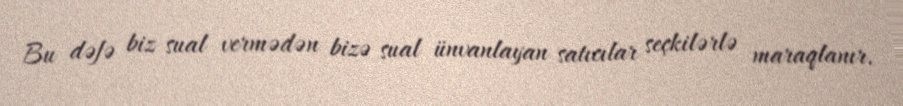
Bu dəfə biz sual vermədən bizə sual ünvanlayan satıcılar seçkilərlə maraqlanır.